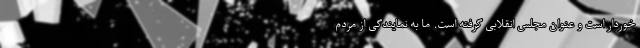
خوردار است و عنوان مجلس انقلابی گرفته است. ما به نمایندگی از مردم